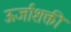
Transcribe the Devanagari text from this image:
ऊर्जाशक्ती